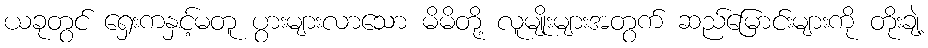
ယခုတွင် ရှေးကနှင့်မတူ ပွားများလာသော မိမိတို့ လူမျိုးများအတွက် ဆည်မြောင်းများကို တိုးချဲ့